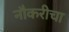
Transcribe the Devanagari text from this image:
नौकरीचा